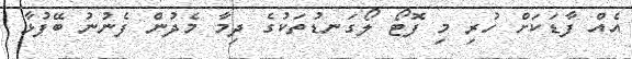
އެއް ފާޑަކަށް ހުރި މި ފޮޓޯ ލޯގަނޑުތަކުގެ ދިމާ މެދުން ފެނުނު ބޭފުޅާ